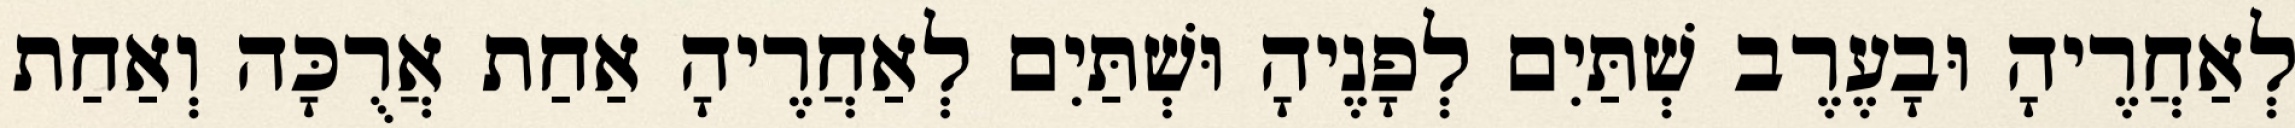
לְאַחֲרֶיהָ וּבָעֶרֶב שְׁתַּיִם לְפָנֶיהָ וּשְׁתַּיִם לְאַחֲרֶיהָ אַחַת אֲרֻכָּה וְאַחַת